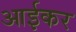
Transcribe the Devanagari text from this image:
आईकर